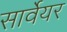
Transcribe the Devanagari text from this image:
सार्वेयर